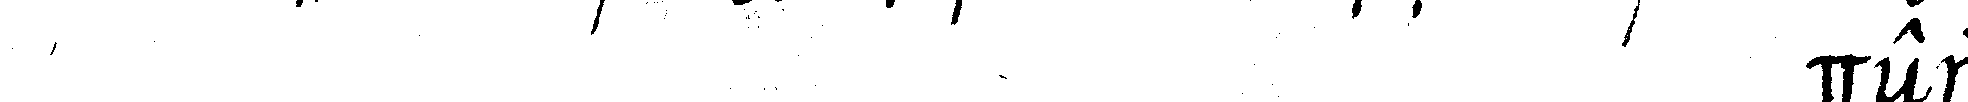
# der